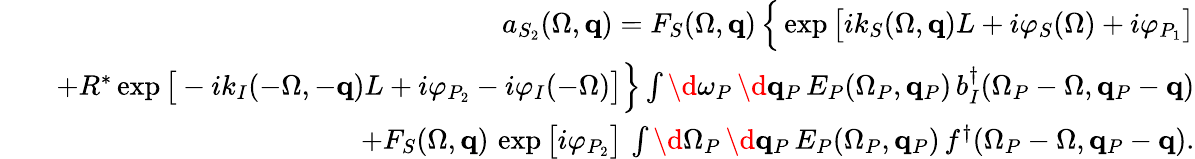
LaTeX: \begin{array}{rlr}&{}&{a_{S_{2}}(\Omega,{\mathbf q})=F_{S}(\Omega,{\mathbf q})\, \Big\{ \exp\big[ik_{S}(\Omega,{\mathbf q})L+i\varphi_{S}(\Omega)+i\varphi_{P_{1}}\big]}\\ &{}&{+R^{*}\exp\big[-ik_{I}(-\Omega,-{\mathbf q})L+i\varphi_{P_{2}}-i\varphi_{I}(-\Omega)\big]\Big\} \int\d\omega_{P}\, \d{\mathbf q}_{P}\, E_{P}(\Omega_{P},{\mathbf q}_{P})\, b_{I}^{\dagger}(\Omega_{P}-\Omega,{\mathbf q}_{P}-{\mathbf q})}\\ &{}&{+F_{S}(\Omega,{\mathbf q})\, \exp\big[i\varphi_{P_{2}}\big]\, \int\d\Omega_{P}\, \d{\mathbf q}_{P}\, E_{P}(\Omega_{P},{\mathbf q}_{P})\, f^{\dagger}(\Omega_{P}-\Omega,{\mathbf q}_{P}-{\mathbf q}).}\end{array}